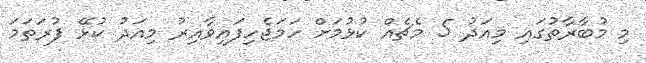
މި މުބާރާތުގައި މިއަދު 5 މެޗެއް ކުޅުމަށް ހަމަޖެހިފައިވާއިރު މިއަދު ކުޅޭ ފުރަތަމަ